65_HS1-834228961_62-HQ-83894_Section_6
Agency: FBI
Page 262
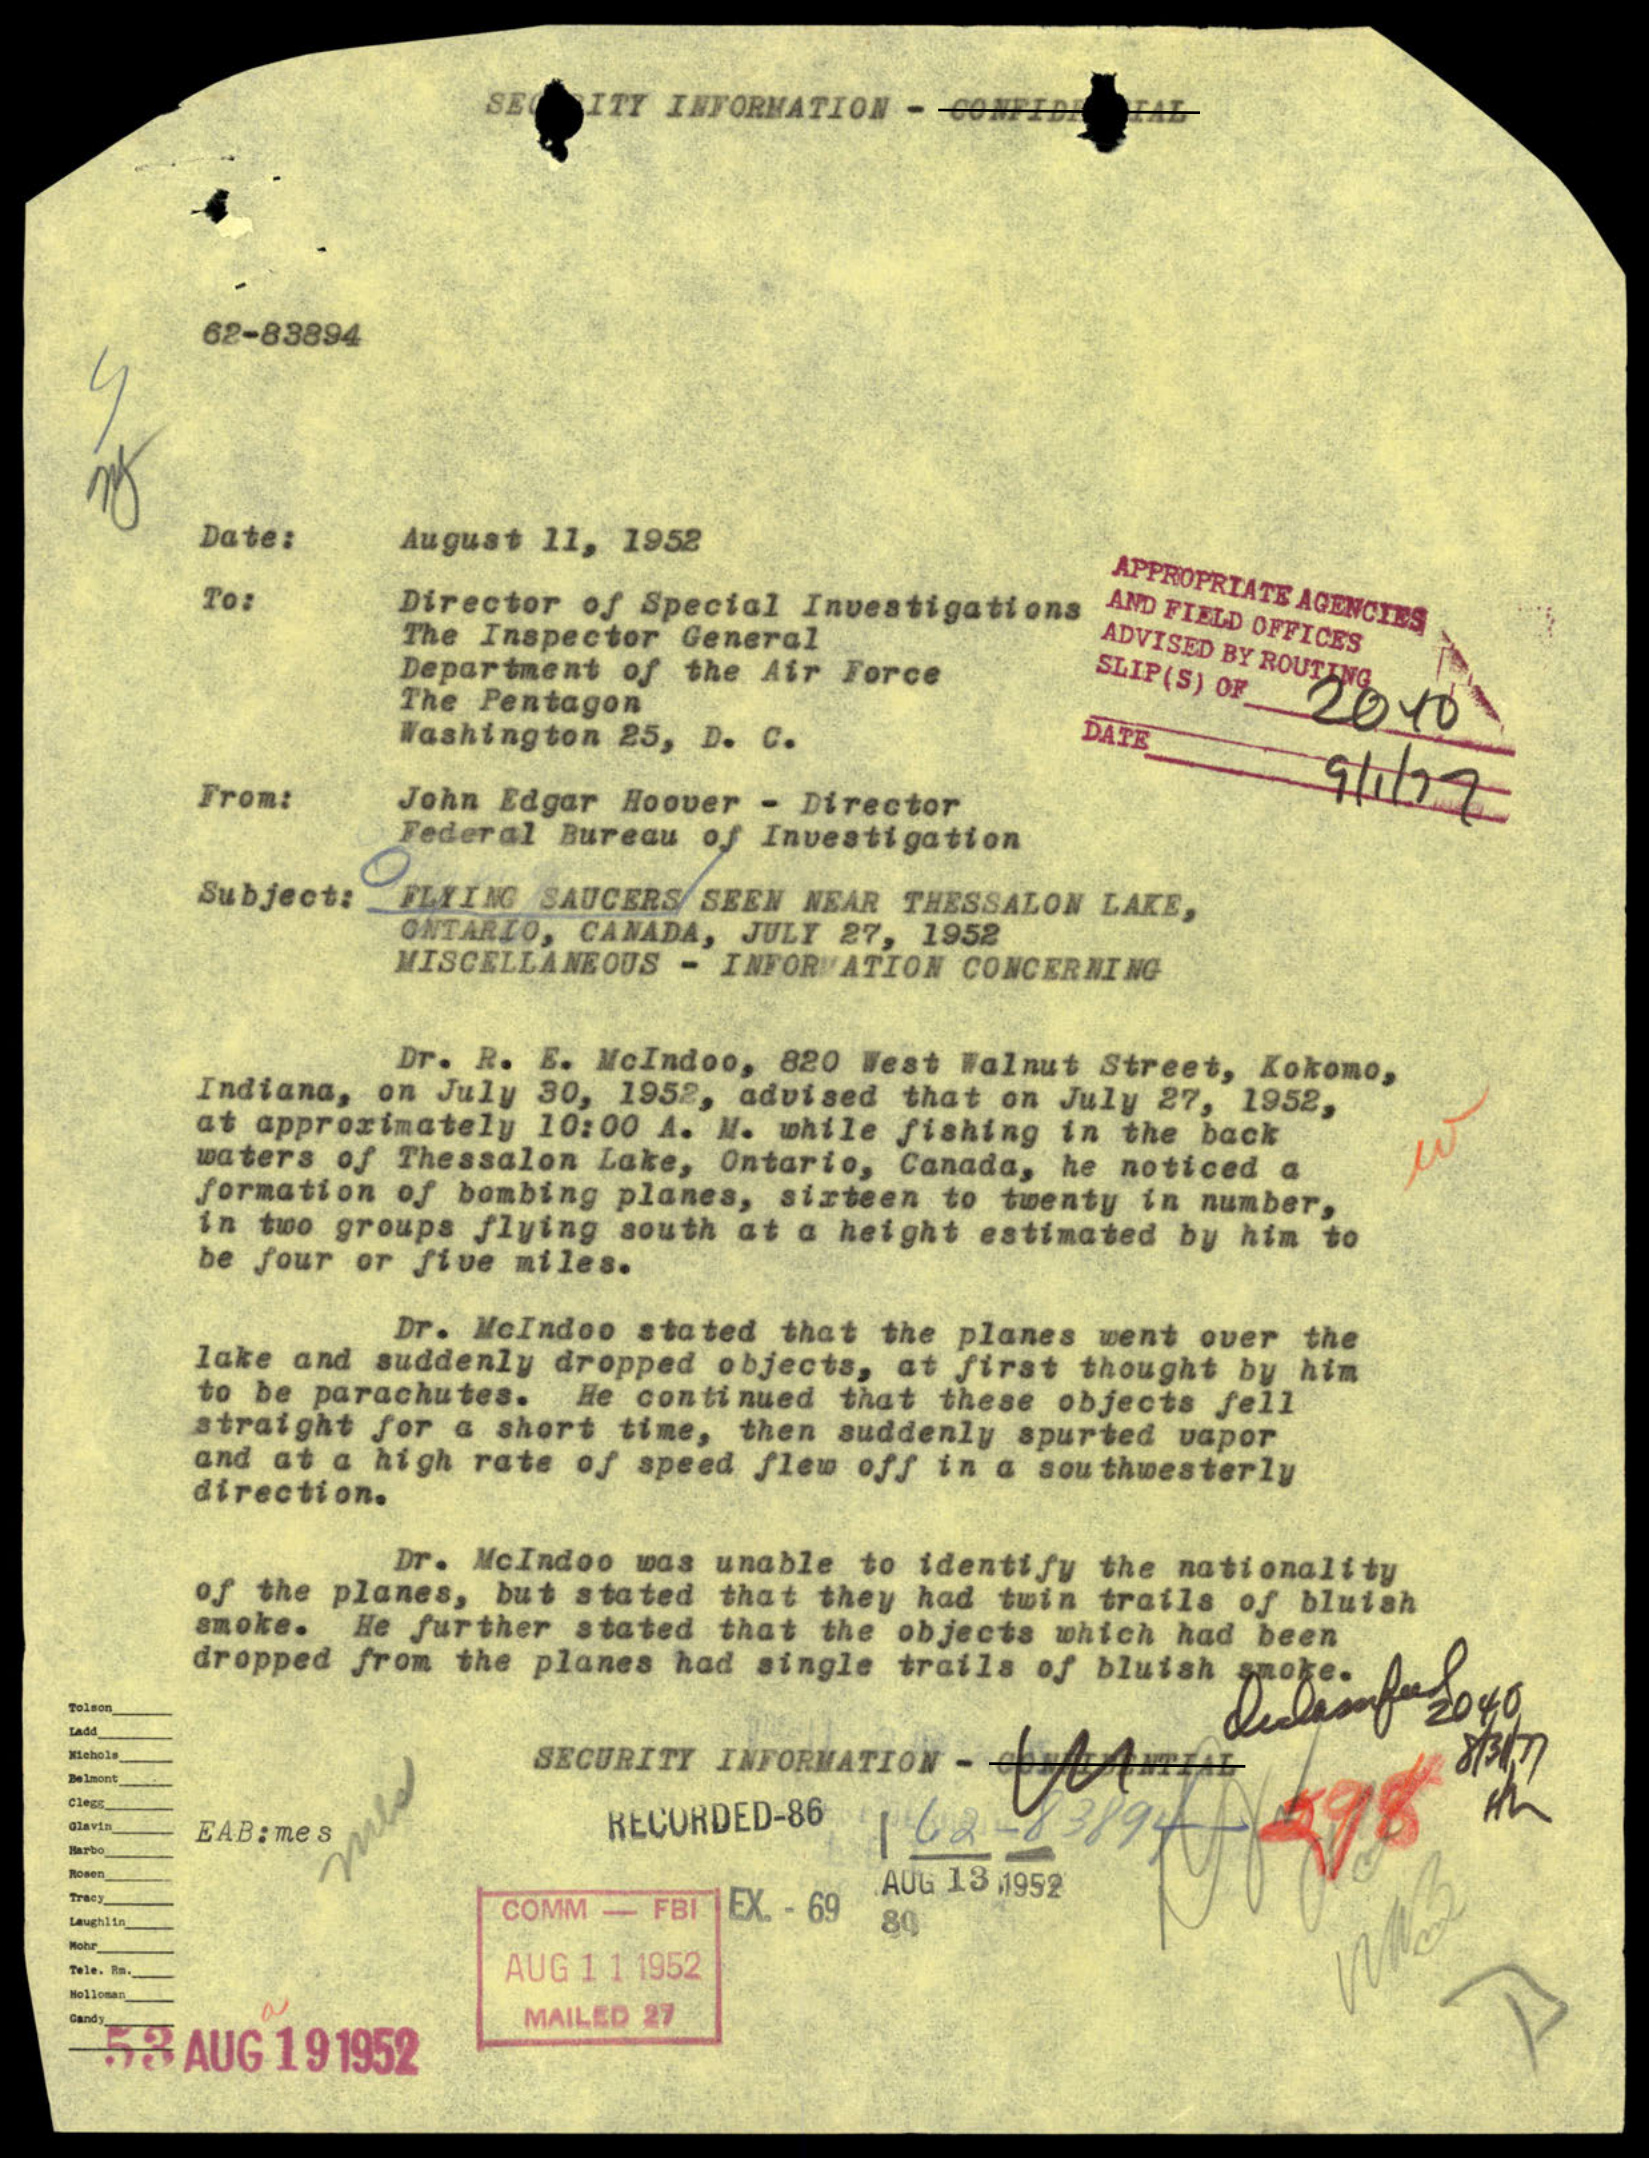